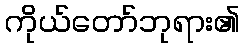
ကိုယ်တော်ဘုရား၏